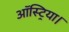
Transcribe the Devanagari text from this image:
ऑस्ट्रिया।